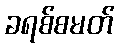
ခရစ်စမတ်